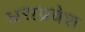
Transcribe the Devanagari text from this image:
धराप्रवेश